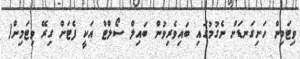
ވިޓަމިން ހަށިގަނޑަށް ނެގުމުގައި ބައިވެރިވުން ބައިލް ސޯލްޓް އަކީ ފެޓަށް ގިރޭ ވިޓަމިން(